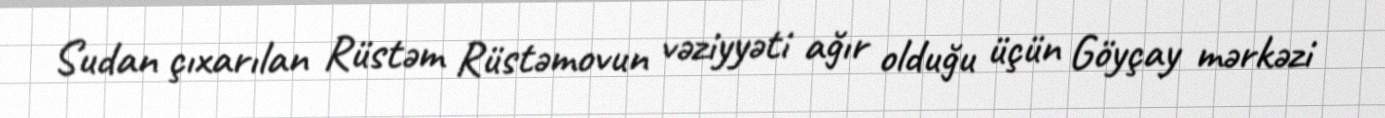
Sudan çıxarılan Rüstəm Rüstəmovun vəziyyəti ağır olduğu üçün Göyçay mərkəzi